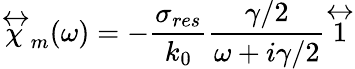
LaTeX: \overleftrightarrow{\chi}_{m}(\omega)=-\frac{\sigma_{res}}{k_{0}}\frac{\gamma/2}{\omega+i\gamma/2}\overleftrightarrow{1}